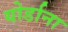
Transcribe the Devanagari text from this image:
योर्डाना